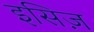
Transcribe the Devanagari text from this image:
इसिज़